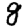
Digit: 8